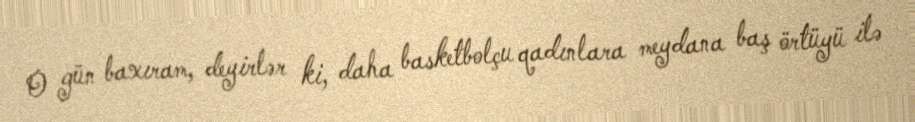
O gün baxıram, deyirlər ki, daha basketbolçu qadınlara meydana baş örtüyü ilə